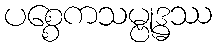
ပစ္စေကသမ္ဗုဒ္ဓဿ